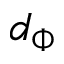
d _ { \Phi }